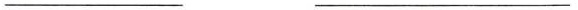
___ ___